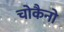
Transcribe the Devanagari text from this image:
चोकैनो